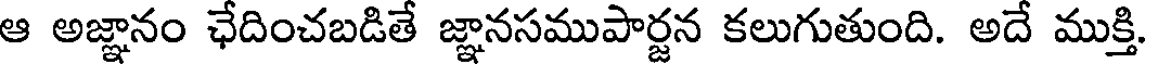
ఆ అజ్ఞానం ఛేదించబడితే జ్ఞానసముపార్జన కలుగుతుంది. అదే ముక్తి